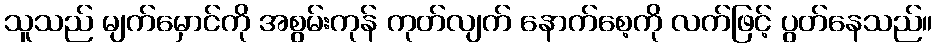
သူသည် မျက်မှောင်ကို အစွမ်းကုန် ကုတ်လျက် နောက်စေ့ကို လက်ဖြင့် ပွတ်နေသည်။